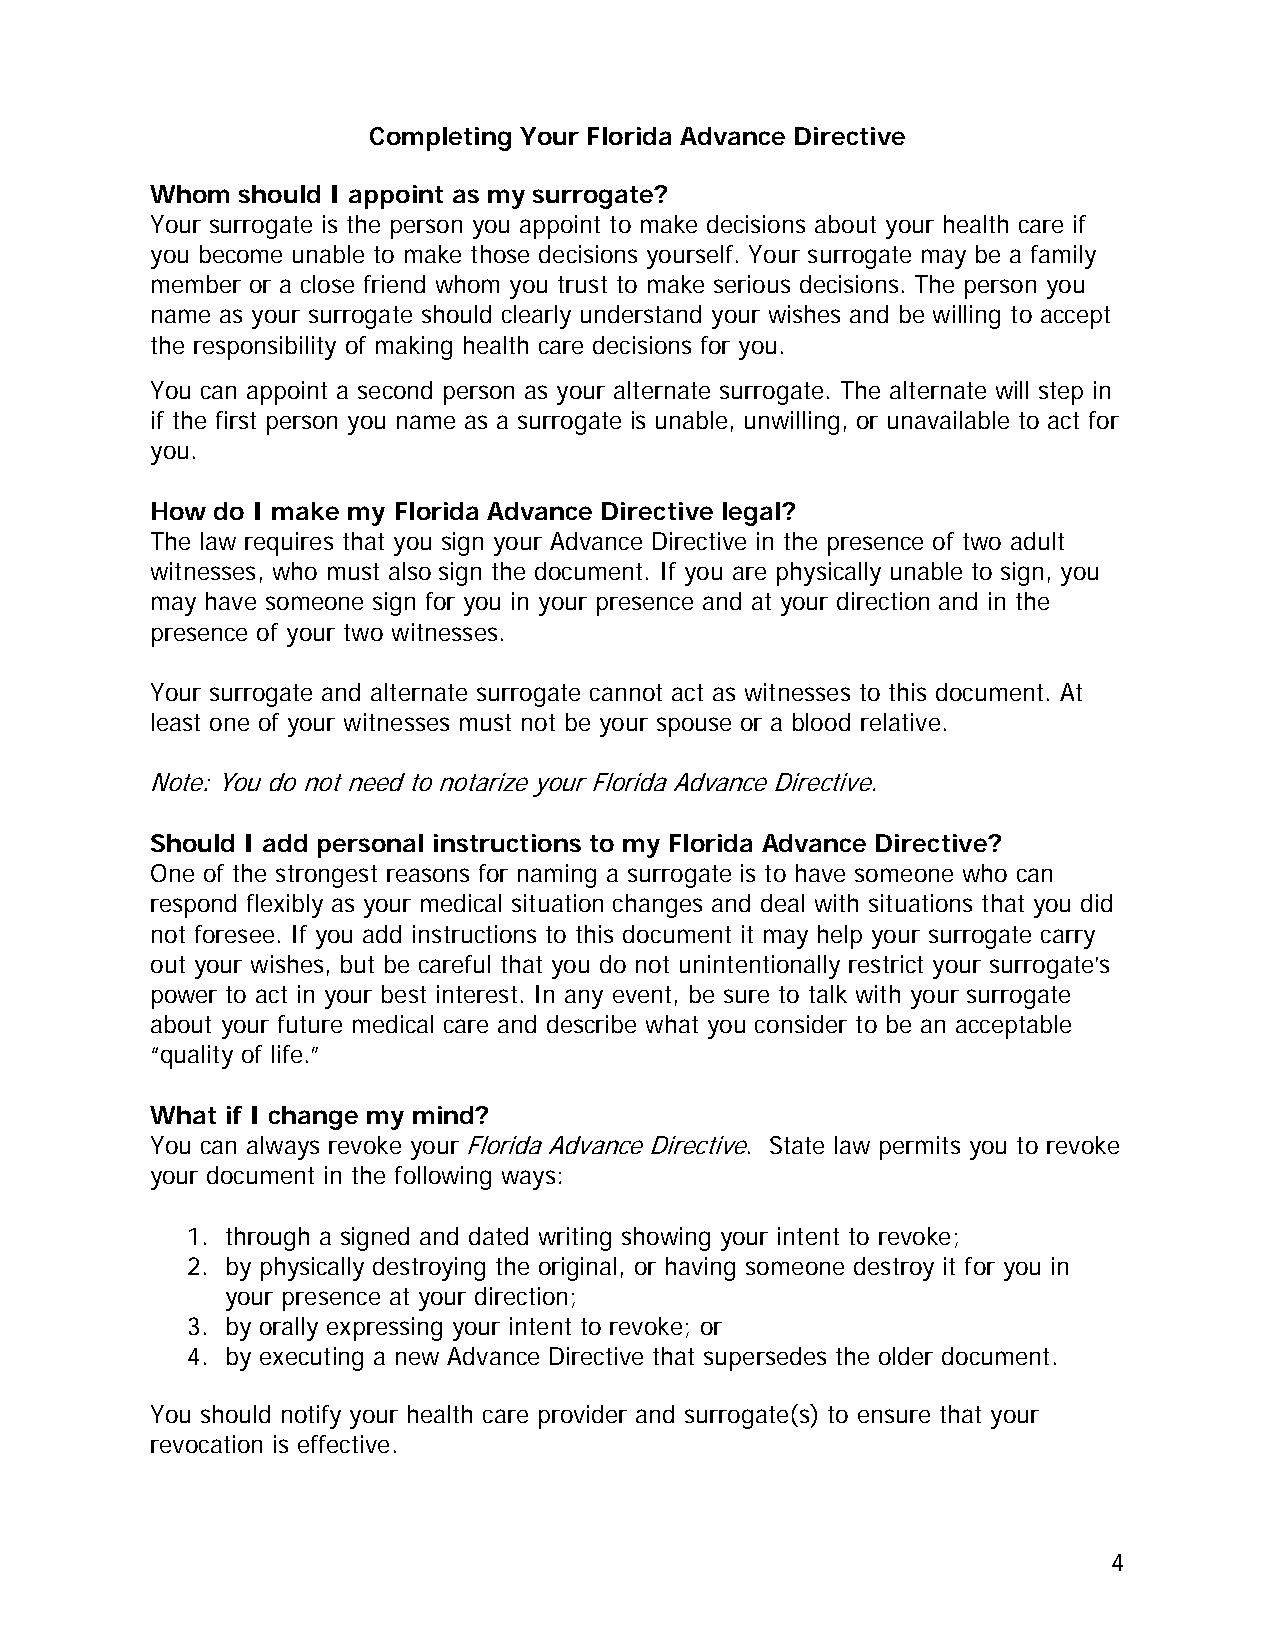
Completing Your Florida Advance Directive
 Whom  should I appoint as my surrogate?
 Your surrogate is the person you appoint to make decisions about your health care if
 you become unable to make those decisions yourself. Your surrogate may be a family
 member or a close friend whom you trust to make serious decisions. The person you
 name as your surrogate should clearly understand your wishes and be willing to accept
 the responsibility of making health care decisions for you.
 You can appoint a second person as your alternate surrogate. The alternate will step in
 if the first person you name as a surrogate is unable, unwilling, or unavailable to act for
 you.
 How do I make my Florida Advance Directive legal?
 The law requires that you sign your Advance Directive in the presence of two adult
 witnesses, who must also sign the document. If you are physically unable to sign, you
 may have someone sign for you in your presence and at your direction and in the
 presence of your two witnesses.
 Your surrogate and alternate surrogate cannot act as witnesses to this document. At
 least one of your witnesses must not be your spouse or a blood relative.
 Note: You do not need to notarize your Florida Advance Directive.
 Should I add personal instructions to my Florida Advance Directive?
 One of the strongest reasons for naming a surrogate is to have someone who can
 respond flexibly as your medical situation changes and deal with situations that you did
 not foresee. If you add instructions to this document it may help your surrogate carry
 out your wishes, but be careful that you do not unintentionally restrict your surrogate’s
 power to act in your best interest. In any event, be sure to talk with your surrogate
 about your future medical care and describe what you consider to be an acceptable
 “quality of life.”
 What if I change my mind?
 You can always revoke your Florida Advance Directive. State law permits you to revoke
 your document in the following ways:
 1. through a signed and dated writing showing your intent to revoke;
 2. by physically destroying the original, or having someone destroy it for you in
 your presence at your direction;
 3. by orally expressing your intent to revoke; or
 4. by executing a new Advance Directive that supersedes the older document.
 You should notify your health care provider and surrogate(s) to ensure that your
 revocation is effective.
 4